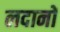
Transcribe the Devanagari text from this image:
लदानों